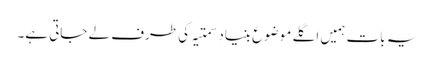
یہ بات ہمیں اگلے موضوع بنیاد سمتیہ کی طرف لے جاتی ہے۔